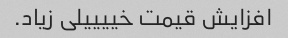
افزایش قیمت خییییلى زیاد.